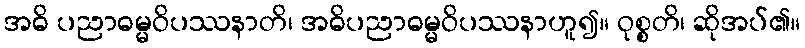
အဓိ ပညာဓမ္မဝိပဿနာတိ၊ အဓိပညာဓမ္မဝိပဿနာဟူ၍။ ဝုစ္စတိ၊ ဆိုအပ်၏။